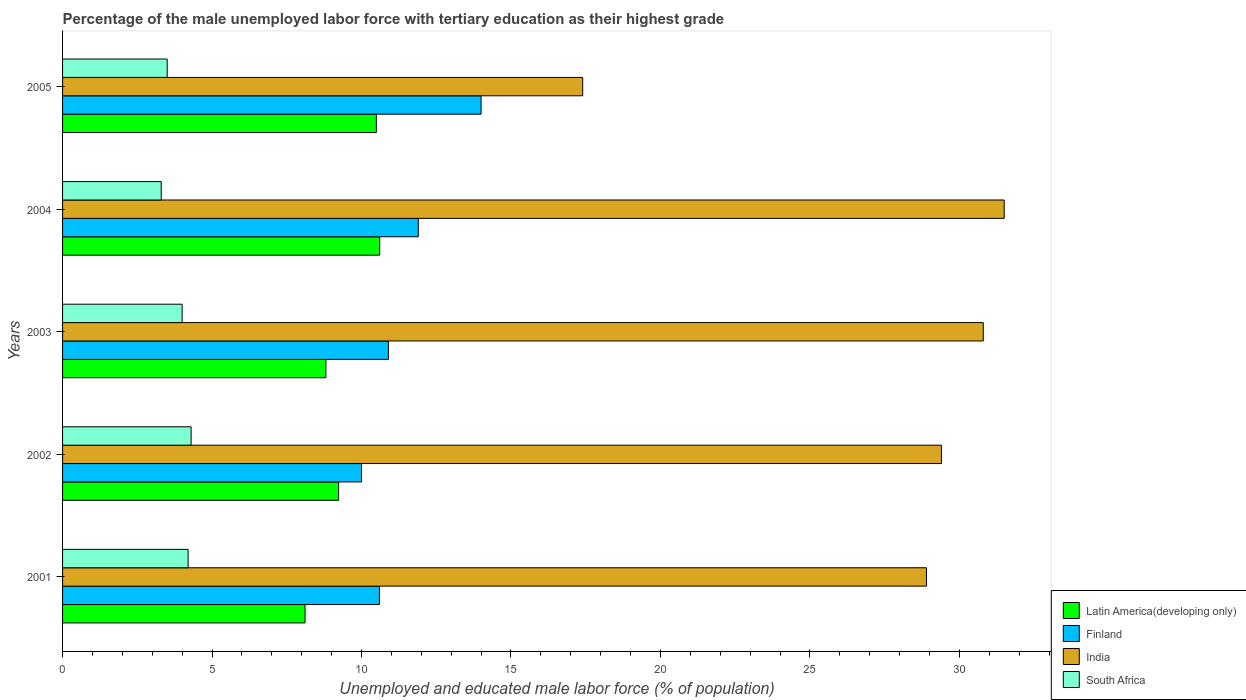
| Years | Latin America(developing only) | Finland | India | South Africa |
 | --- | --- | --- | --- | --- |
 | 2001 | 8.11 | 10.6 | 28.9 | 4.2 |
 | 2002 | 9.23 | 10 | 29.4 | 4.3 |
 | 2003 | 8.81 | 10.9 | 30.8 | 4 |
 | 2004 | 10.6 | 11.9 | 31.5 | 3.3 |
 | 2005 | 10.5 | 14 | 17.4 | 3.5 |